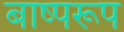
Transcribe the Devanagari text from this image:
बाष्परूप